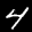
Label: 4